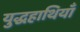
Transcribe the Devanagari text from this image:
युद्धहाथियाँ